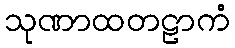
သုဏာထတဠာကံ